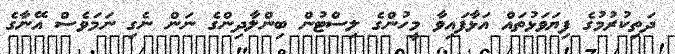
ދަތިކުރުމުގެ ފިޔަވަޅުތައް އަޅާފައިވާ މީހުންގެ ލިސްޓުން ބިންލާދިންގެ ނަން ނެގި ނަމަވެސް އޭނާގެ